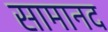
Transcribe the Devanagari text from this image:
सामानद